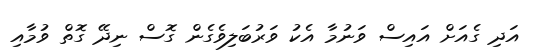
އަދި ގެއަށް އައިސް ވަނުމާ އެކު ވަރުބަލިވެގެން ގޮސް ނިދޭ ގޮތް ވުމާއި